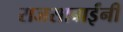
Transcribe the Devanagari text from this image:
राजसाबाईंनी